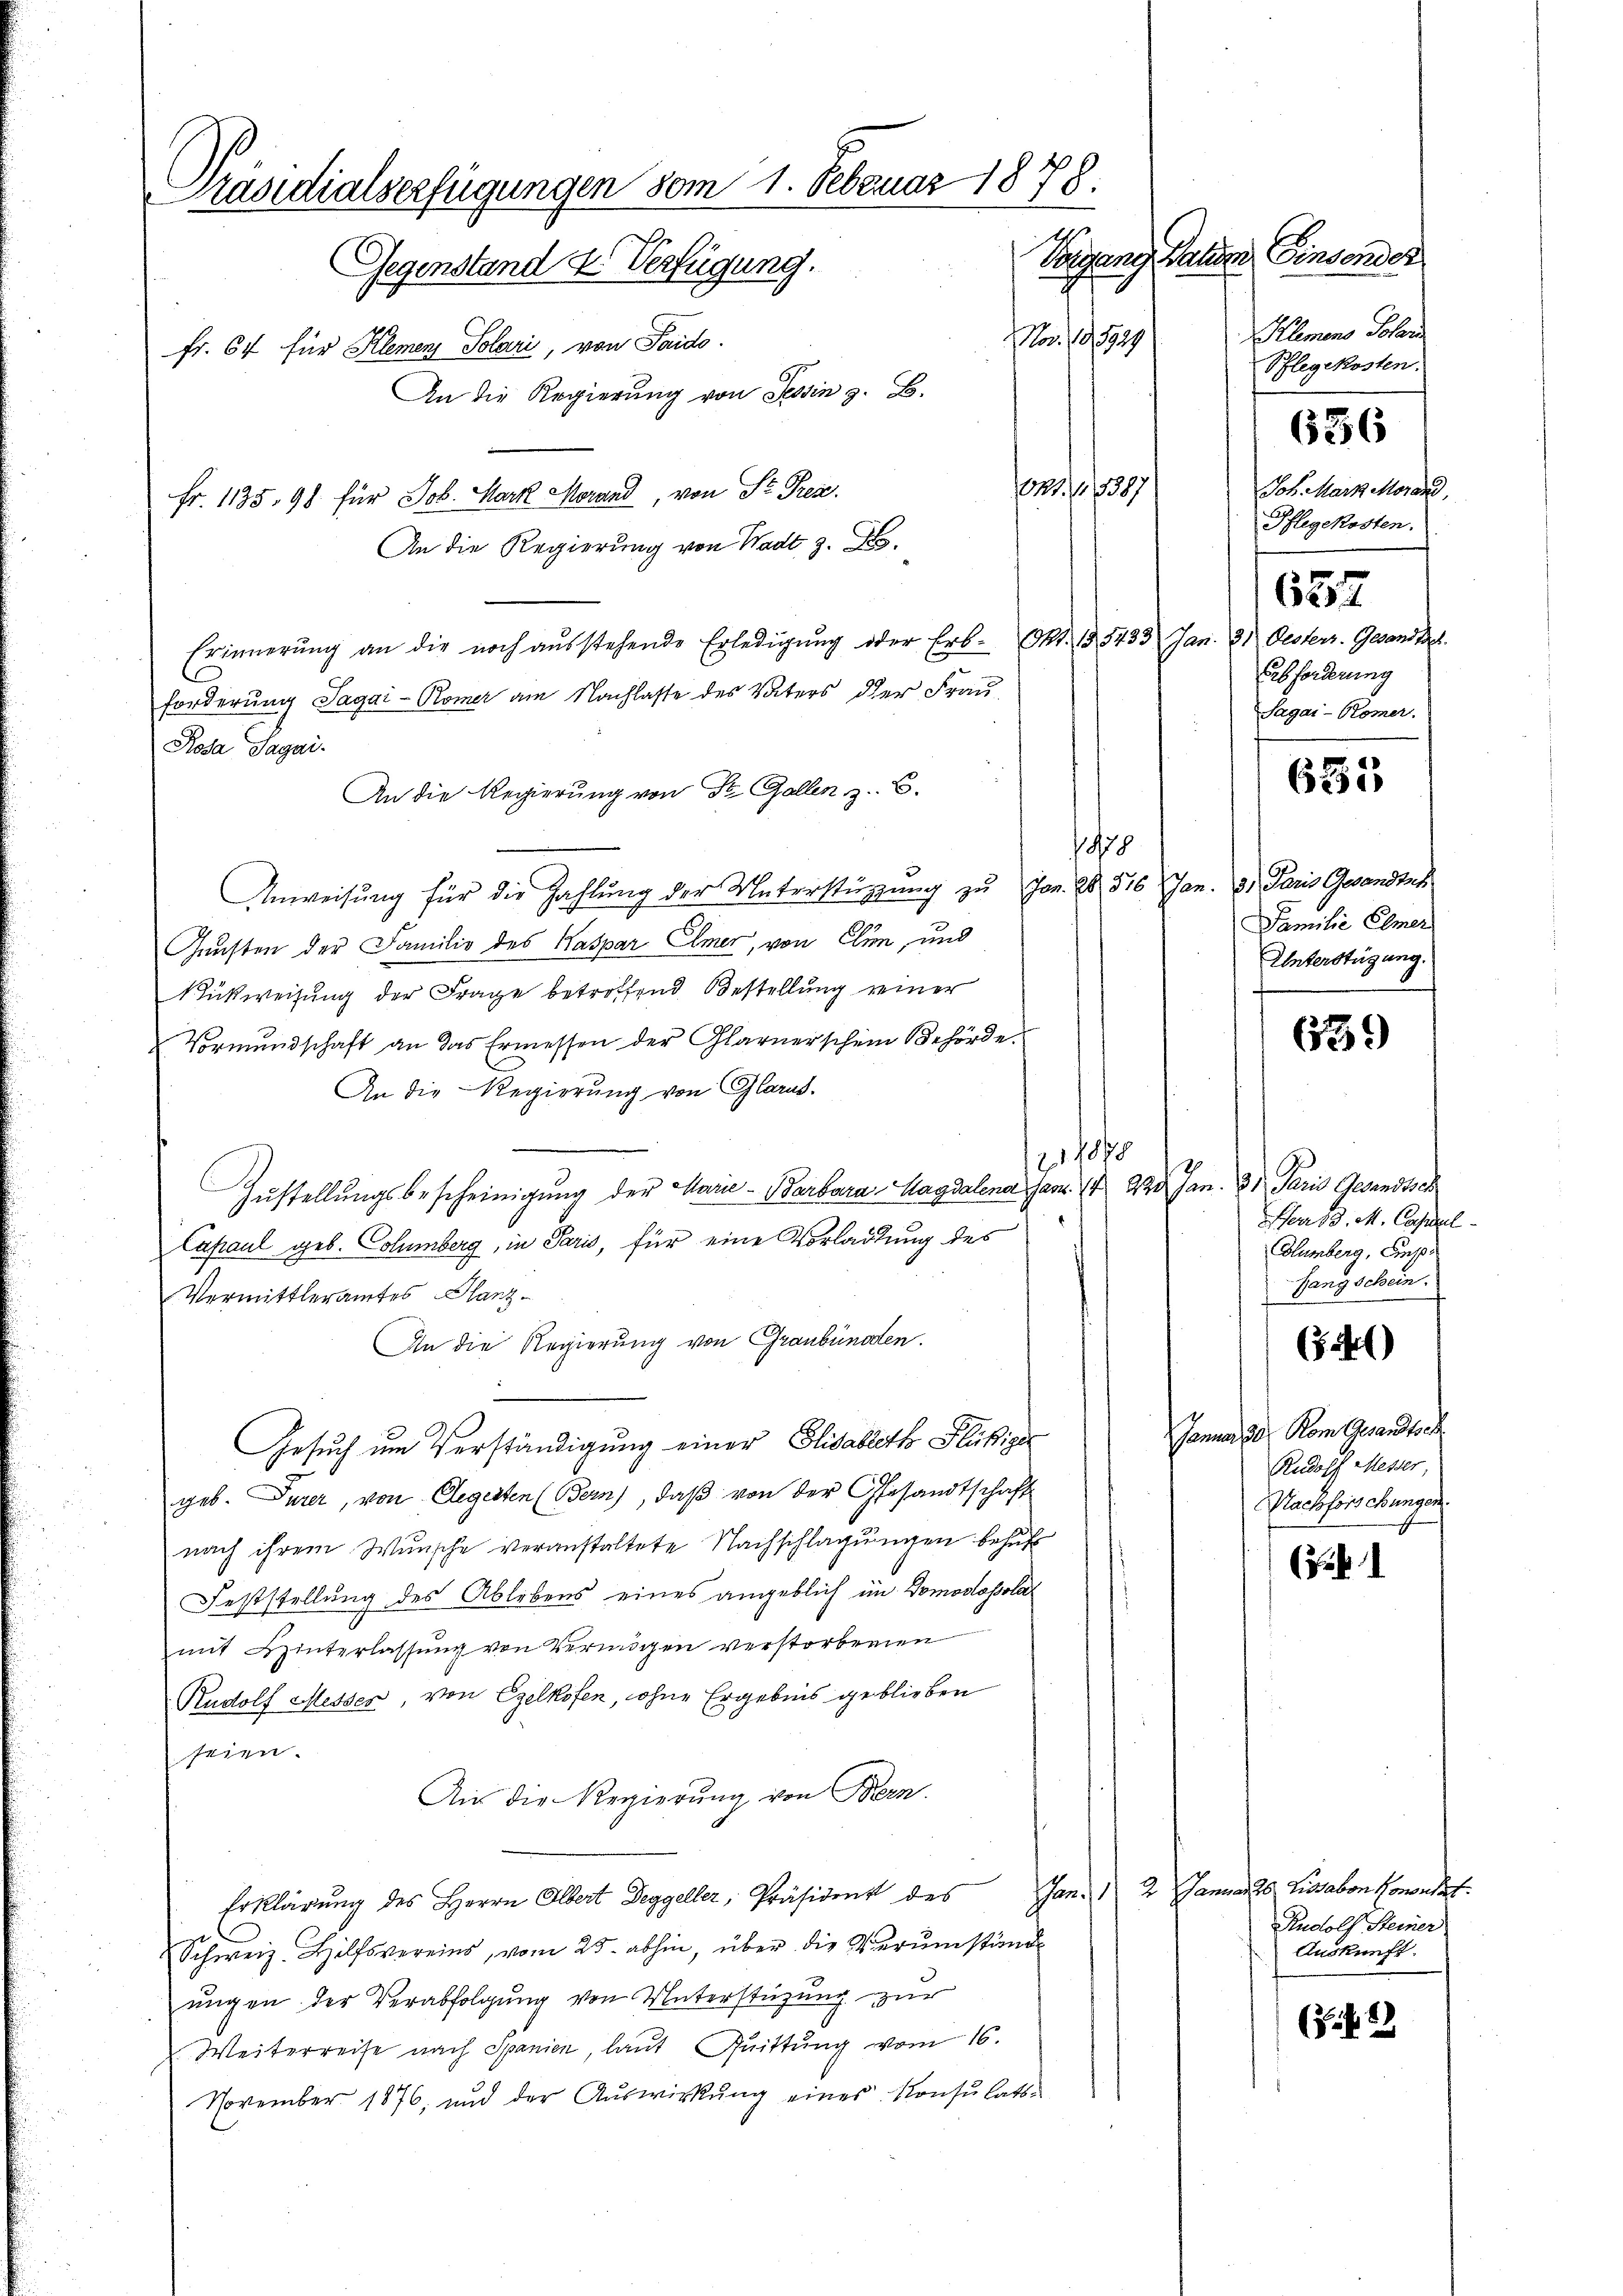
Präsidialserfügungen vom 1. Februar 1878.
Paten Einsender
Repart
Gegenstand des Verfügung.
Klemens Solan
Nov. 10. 1919.
Fr. 64 für Klemen, Solari, von Paido.
Pflegekosten.
An die Regierung von Tessin z. B.

021 f. 5387
An die Regierung von Wadt z. B.
Erinnerung an die noch aŭsstehende Erledigŭng oder Erb- Pkt. 135433 Jan. 31 Oesterr. Gesandte
forderung Sagai-Römer am Nachlasse des Vaters der Frau
Rosa Sagai.
An die Regierung von Dr. Gallen z. B.
1878
Anweisung für die Zahlung der Unterstützung zu Jos. 28. 516 Jan. 3. Paris Gesandtes
Gunsten der Familie des Kaspar Elmer, von Clin, und
Rückweisung der Frage betroffend Bestellung seiner
Vormŭndschaft an das Ermessen der Glarnerschein Behörde.
An die Regierung von Glarus.
211078
E
Zustellungsbescheinigung der Marie - Barbara Magdalena jan. 1 92. Jan. 81. Paris Gesandtsch
Capaul geb. Columberg, in Paris, für eine Vorladung des
Vermittleramtes Glanz
An die Regierung von Graubünden.
Gesuch um Verständigung einer Elisabeth Flüßiger
geb. Turer, von Segesten (Bern), daß von der Gesandtschaft
nach ihrem Wunsche veranstaltete Nachschlagungen behuf
Feststellung des Ablebens eines angeblich im Domodosola
mit Hinterlassung von Vermögen verstorbernen
Rudolf Messer, von Egelkofen, ohne Ergebnis geblieben
seien.
Aus die Regierŭng von Bern.
Erklärung des Herrn Olbert Deggeller, Präsident des Jan.2
Schweiz. Hilfsvereins, vom 25. abhin, über die Verumstände
ungen der Verabfolgung von Unterstüzung zur
Weiterreise nach Spanien, laut Quittung vom 16.
November 1876, und der Aŭswirkŭng eines Konsulats-

Fr. 1135, 98 für Joh. Mark Morand, von St. Pres.

Joh. Marz. Morar,
Pflegekosten.

Erbforderung
Sagai-Römer.

657

636

635

Familie Elmer
Unterstüzung.

639

Fer 13. M. Cassel
Blumberg, Sies
fangschein.

)

Januar den Rom Gesandtsch
Rudolf Messer,
Nachforschungen.

(Frk. 1

Januar 25, Lussabon komendet.
Rudolf Steiner
Auskunft.

(S. 22.